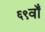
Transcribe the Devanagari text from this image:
६९वाँ